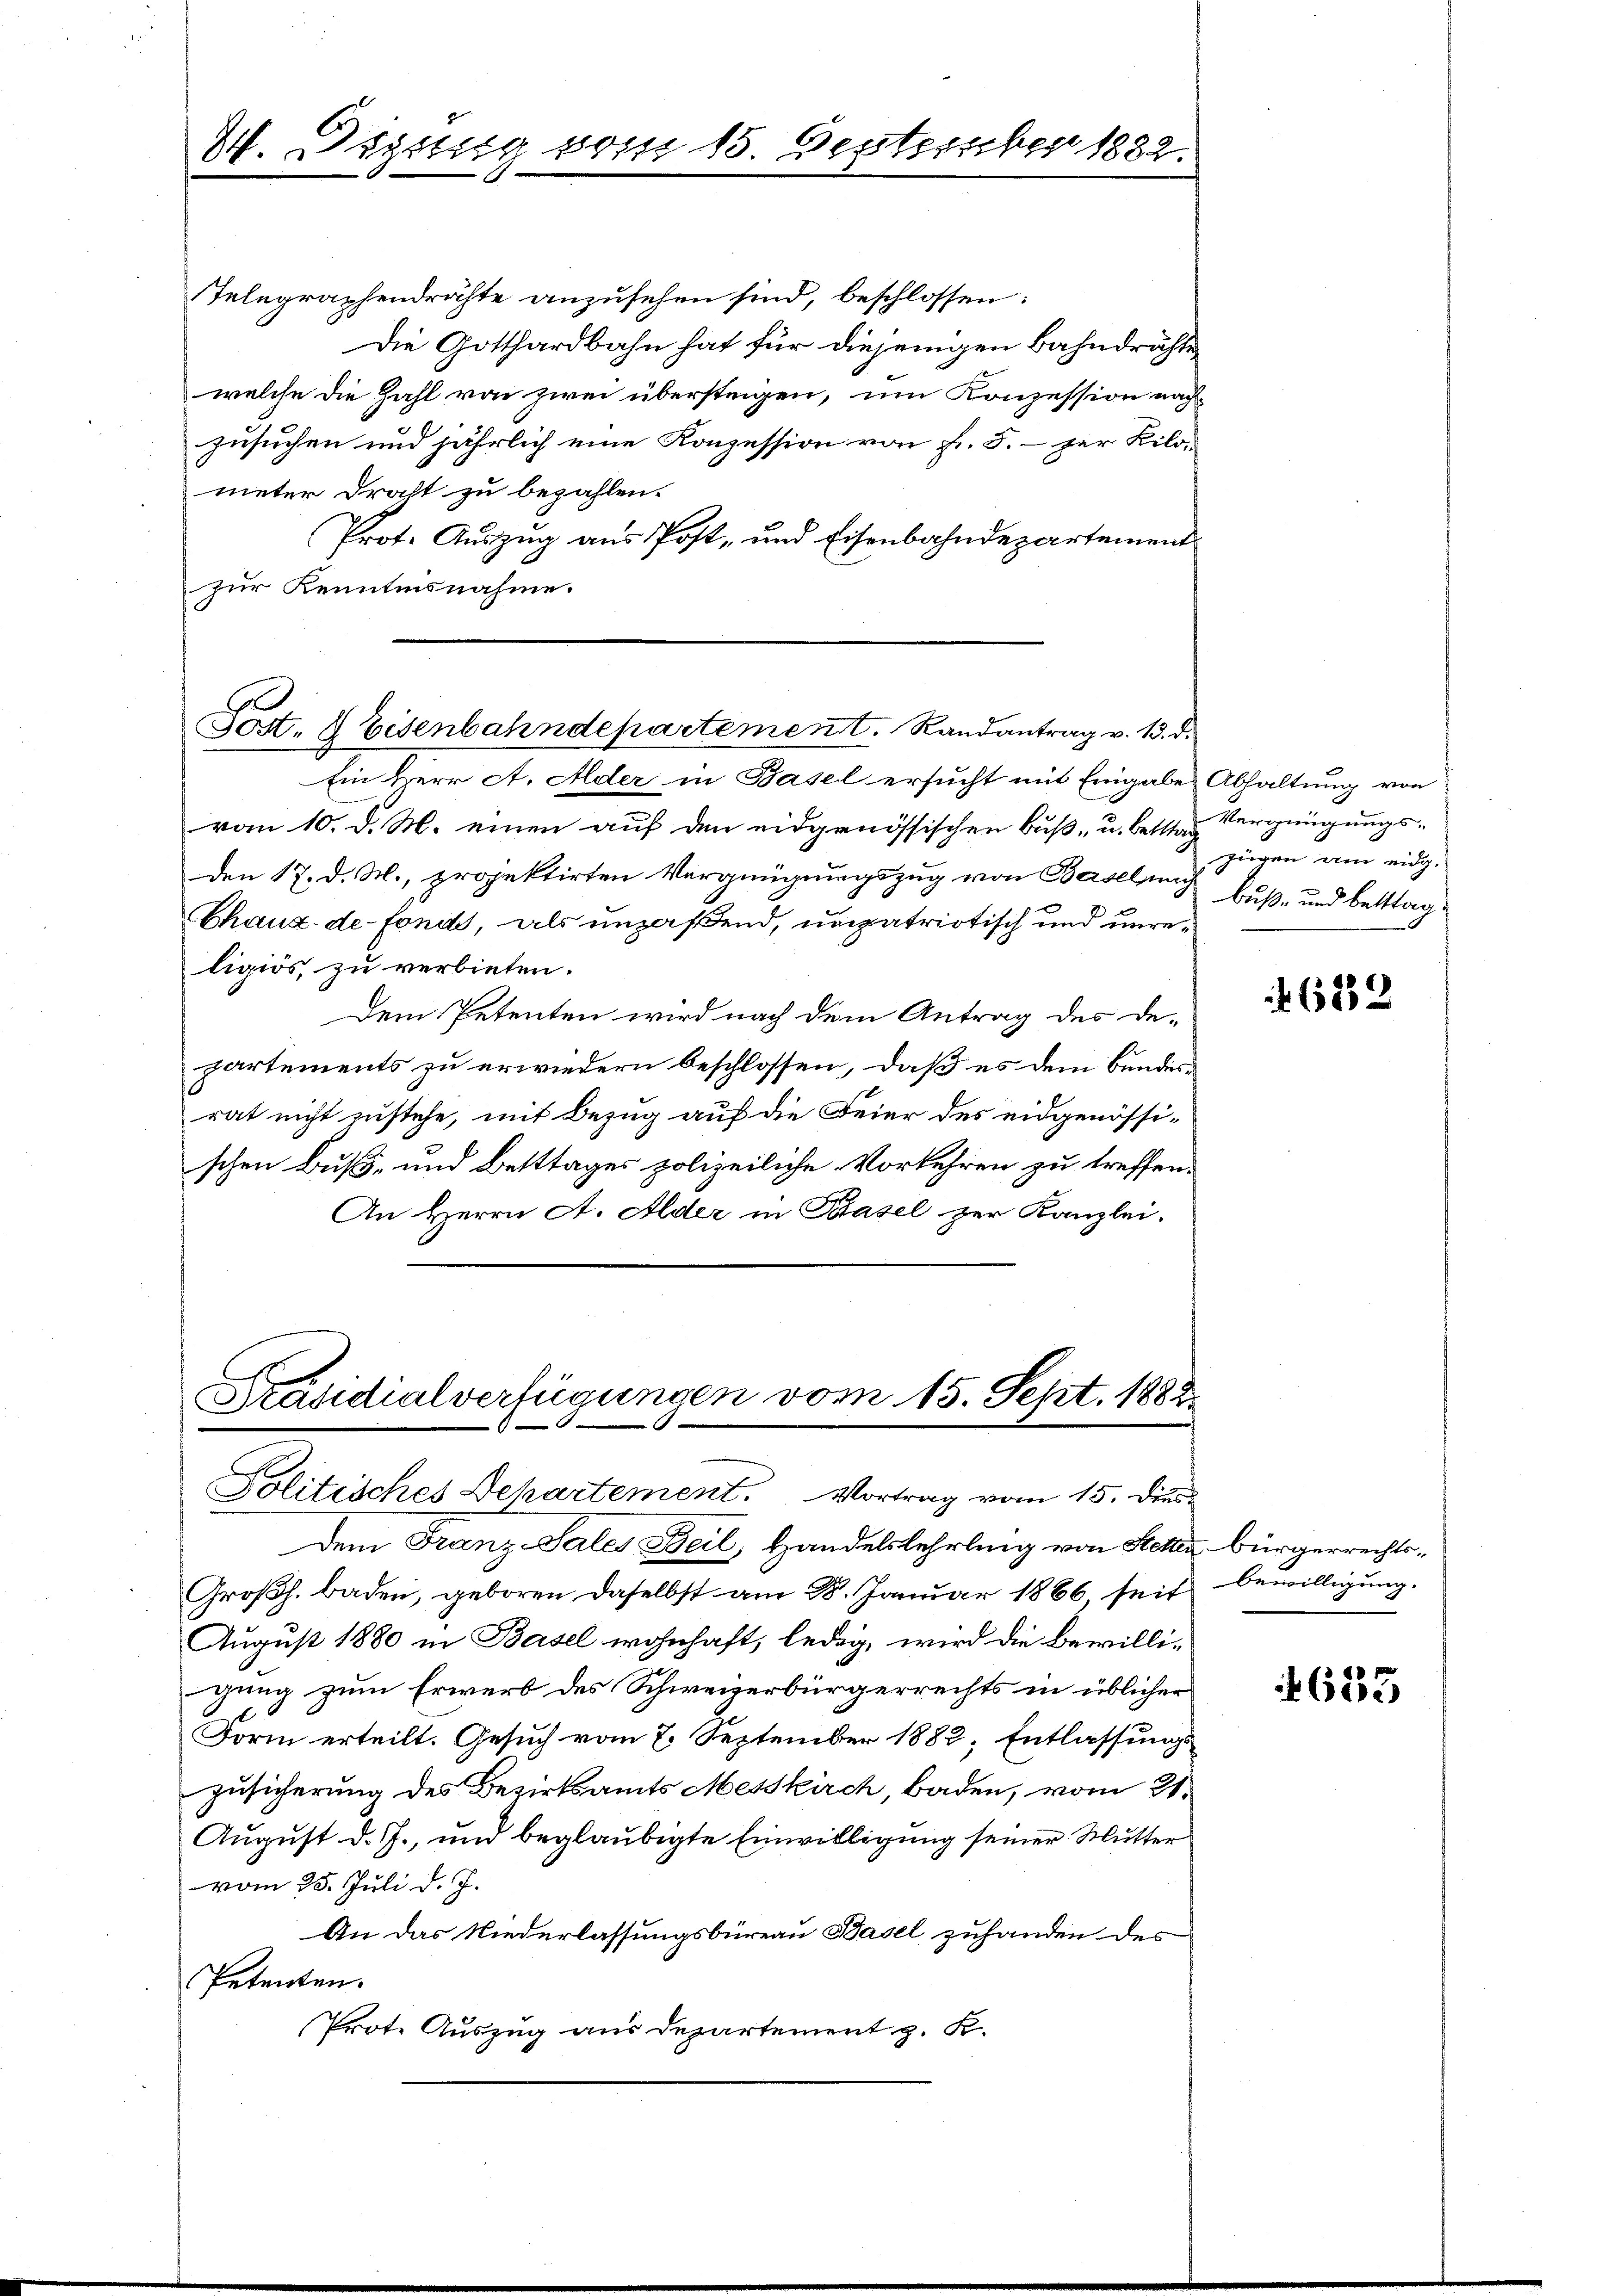
W. Digung vom 15. September 1882.

Telegraphendrähte anzusehen sind, beschlossen:
Die Gotthardbahn hat für diejenigen Bahndrähte
welche die Zahl von zwei übersteigen, um Konzession nach-
zusuchen und jährlich eine Konzession von Fr. 5. per Bilo-
meter Draht zu bezahlen.
Prot. Auszug aus Post- und Eisenbahndepartementzur Kenntnisnahme.

Pott, 4 Eisenbahndepartement. Randantrag v. 13. d.

Ein Herr A. Alder in Basel ersucht mit Eingabe Abhaltung von
von 10. d. M. einen auf den eidgenössischen Buß- u. bester.  Vergnügungs-
Den 17. d. M., projektirten Vergnügungszug von Baselung buß- und bettagx
Chaux-de-Fonds, als unpaßend, unzatriotisch und unreligiös, zu verbieten.
Dem Petenten wird nach dem Antrag des De-
partements zu erwiedern beschlossen, daß es dem Bundesrat nicht zustehe, mit Bezug auf die Feier des eidgenössischen Buß- und Betttages polizeiliche Vorkehren zu treffen¬
An Herrn A. Alder in Paasel zur Kanzlei.

Präsidialverfügungen vom 15. Sept. 1882.
Politisches Dekartement. Vortrag vom 15. Dien

Dem Franz-Sales Beil, Handelslehrling von Stellen Bürgerrechts¬
Großh. baden, geboren daselbst am 28. Januar 1866 seit bewilligung.
August 1880 in Basel wohnhaft, ledig, wird die Bewilligung zum Erwerb des Schweizerbürgerrechts in üblicher
Form erteilt. Gesuch vom 2. September 1882, Entlassungs¬
Zusicherung des Bezirksamts Messkirch, Baden, vom 21.
August d. J., und beglaubigte Einwilligung seiner Mutter
vom 25. Juli d. J.
An das Niederlassungsbureau Basel zuhanden des
Petenten.
Prote Auszug aus Departement z. K.

zügen am eidg.

682

4635